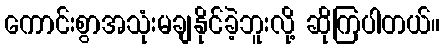
ကောင်းစွာအသုံးမချနိုင်ခဲ့ဘူးလို့ ဆိုကြပါတယ်။